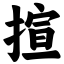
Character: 揎